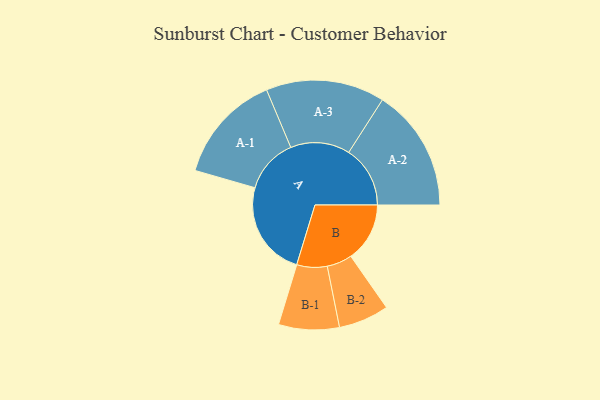
{"axis": {"x": "Segment", "y": "Value"}, "legend": ["", "A", "B"], "data": [{"x": "A", "y": 427, "type": ""}, {"x": "B", "y": 264, "type": ""}, {"x": "A-1", "y": 245, "type": "A"}, {"x": "A-2", "y": 275, "type": "A"}, {"x": "A-3", "y": 266, "type": "A"}, {"x": "B-1", "y": 136, "type": "B"}, {"x": "B-2", "y": 113, "type": "B"}]}